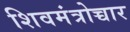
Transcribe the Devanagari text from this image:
शिवमंत्रोच्चार